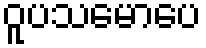
ဝူပသမောပေ